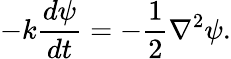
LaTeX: -k\frac{d\psi}{dt}=-\frac{1}{2}\nabla^{2}\psi.